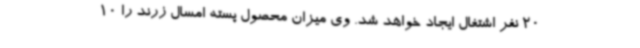
20 نفر اشتغال ایجاد خواهد شد. وی میزان محصول پسته امسال زرند را 10